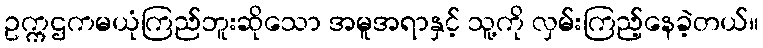
ဥက္ကဌကမယုံကြည်ဘူးဆိုသော အမူအရာနှင့် သူ့ကို လှမ်းကြည့်နေခဲ့တယ်။